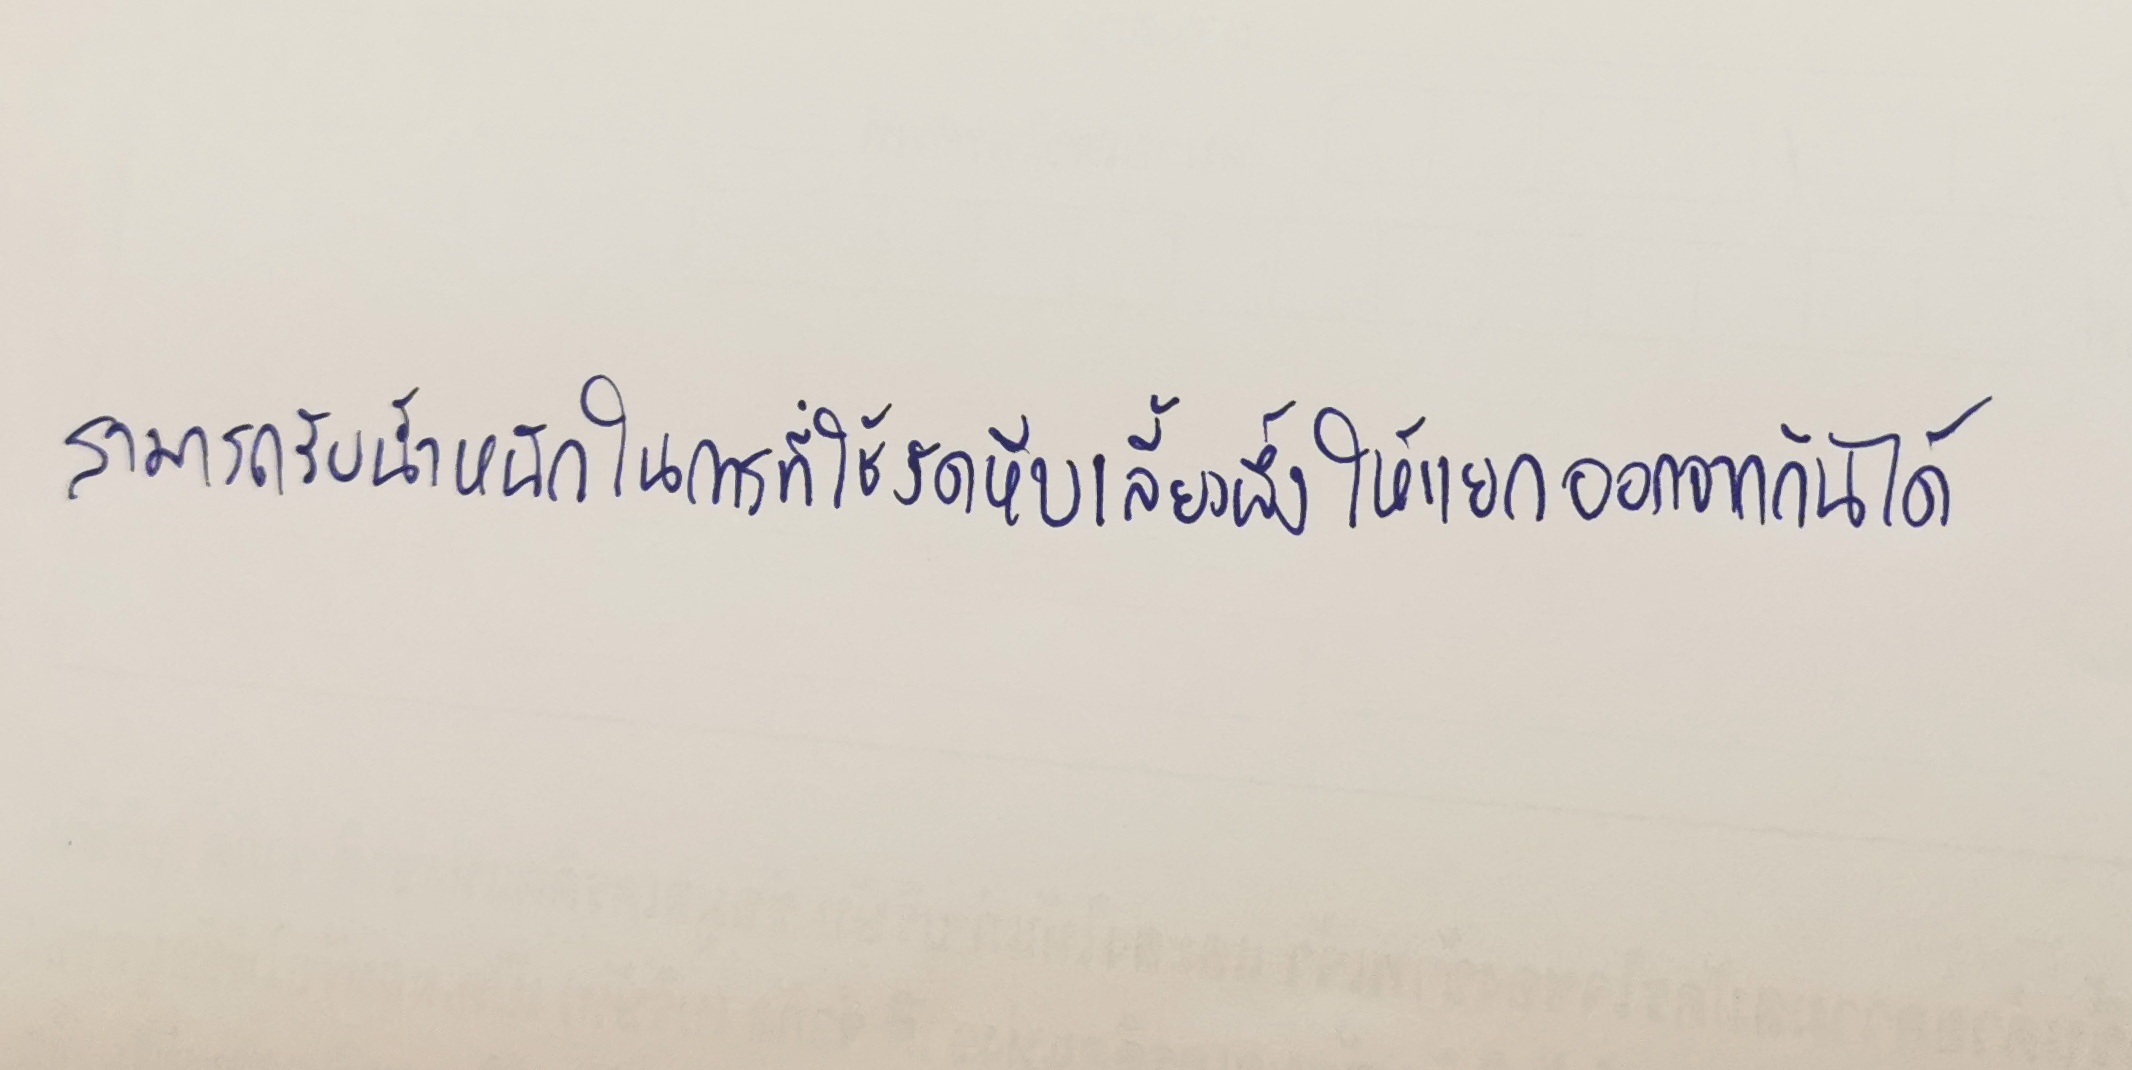
สามารถรับน้ำหนักในการที่ใช้งัดหีบเลี้ยงผึ้งให้แยกออกจากกันได้